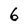
Character: 6